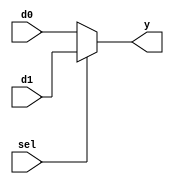
/* 
 * Team Id: eYRC#AB#3265
 * Author List: Md Faizan, Sudhanshu Ranjan, Sumit Saroj
 * Filename:  mux2 
 * Theme: Astro Tinker Bot 
 * Functions:  mux2
 * Global Variables: None
 */

// mux2.v - logic for 2-to-1 multiplexer

module mux2 #(parameter WIDTH = 8) (
    input       [WIDTH-1:0] d0, d1,
    input       sel,
    output      [WIDTH-1:0] y
);

assign y = sel ? d1 : d0;

endmodule